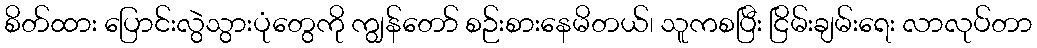
စိတ်ထား ပြောင်းလွဲသွားပုံတွေကို ကျွန်တော် စဉ်းစားနေမိတယ်၊ သူကစပြီး ငြိမ်းချမ်းရေး လာလုပ်တာ